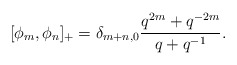
\begin{align*}[\phi_m,\phi_n]_+=\delta_{m+n,0}{q^{2m}+q^{-2m}\over q+q^{-1}}.\end{align*}